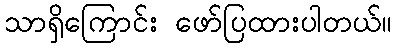
သာရှိကြောင်း ဖော်ပြထားပါတယ်။